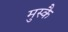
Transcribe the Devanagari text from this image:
मुस्कै